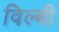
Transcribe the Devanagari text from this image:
विल्बी